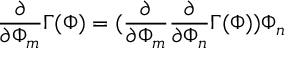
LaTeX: \frac { \partial } { \partial \Phi _ { m } } \Gamma ( \Phi ) = ( \frac { \partial } { \partial \Phi _ { m } } \frac { \partial } { \partial \Phi _ { n } } \Gamma ( \Phi ) ) \Phi _ { n }